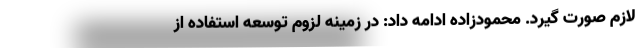
لازم صورت گیرد. محمودزاده ادامه داد: در زمینه لزوم توسعه استفاده از